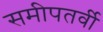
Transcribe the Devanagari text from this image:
समीपतर्वी